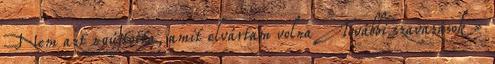
Nem azt nyújtotta, amit elvártam volna További szavazások »